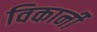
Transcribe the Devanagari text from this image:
विकार्नी